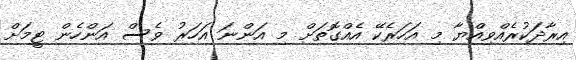
އިރާދަކުރެއްވިއްޔާ މި އަހަރެކޭ އެއްގޮތަށް މި އަންނަ އަހަރު ވެސް އަންހެން ޓީމަށް